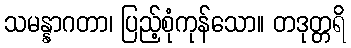
သမန္နာဂတာ၊ ပြည့်စုံကုန်သော။ တဒုတ္တရိ